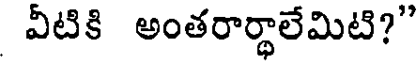
వీటికి అంతరార్థాలేమిటి?"